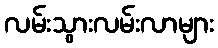
လမ်းသွားလမ်းလာများ